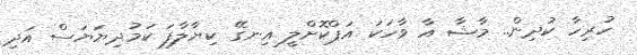
ހުރިހާ ކުދިން.. މާޝާ އާ ވާހަކަ އަޕްކޮށްލީ އިނގޭ ކިޔާލާފަ ކަމުދިޔަޔަސް އަދި